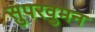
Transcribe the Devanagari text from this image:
सुपरवुमन